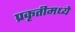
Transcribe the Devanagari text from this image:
प्रकृतीमध्येे